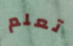
تعلم